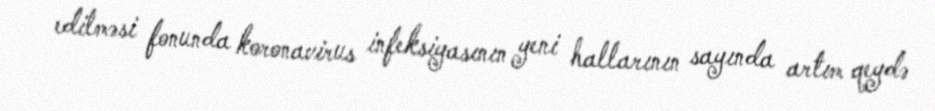
edilməsi fonunda koronavirus infeksiyasının yeni hallarının sayında artım qeydə